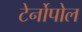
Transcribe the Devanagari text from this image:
टेर्नोपोल